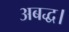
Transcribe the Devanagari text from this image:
अबद्ध।